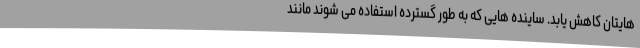
هایتان کاهش یابد. ساینده هایی که به طور گسترده استفاده می شوند مانند